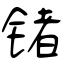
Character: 锗